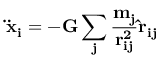
\bf \ddot { x } _ { i } = - G \sum _ { j } \frac { m _ { j } } { r _ { i j } ^ { 2 } } \hat { r } _ { i j }